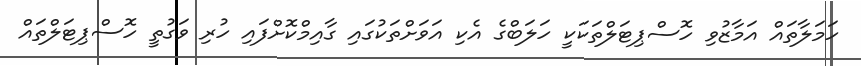
ހަމަލާތައް އަމާޒުވި ހޮސްޕިޓަލްތަކަކީ ހަލަބްގެ އެކި އަވަށްތަކުގައި ގާއިމްކޮށްފައި ހުރި ވަގުތީ ހޮސްޕިޓަލްތައް